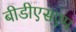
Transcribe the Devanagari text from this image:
बीडीएसएम